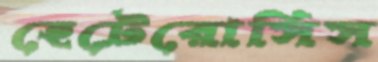
হেটেরোসিস